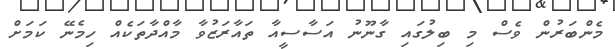
މެންބަރުން ވެސް މި ބިލުގައި ގާނޫނު އަސާސީއާ ތައާރަޒުވާ މާއްދާތަކެއް ހިމެނޭ ކަމަށް